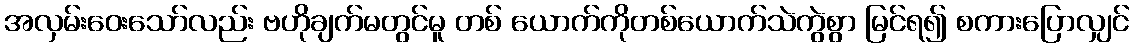
အလှမ်းဝေးသော်လည်း ဗဟိုချက်မတွင်မူ တစ် ယောက်ကိုတစ်ယောက်သဲကွဲစွာ မြင်ရ၍ စကားပြောလျှင်